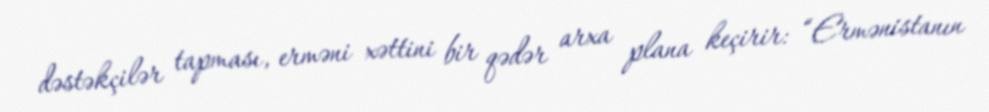
dəstəkçilər tapması, erməni xəttini bir qədər arxa plana keçirir: “Ermənistanın